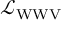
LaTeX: { \mathcal { L } } _ { \mathrm { W W V } }